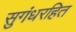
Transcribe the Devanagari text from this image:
सुगंधरहित